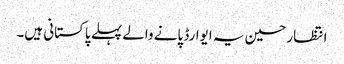
انتظار حسین یہ ایوارڈ پانے والے پہلے پاکستانی ہیں۔